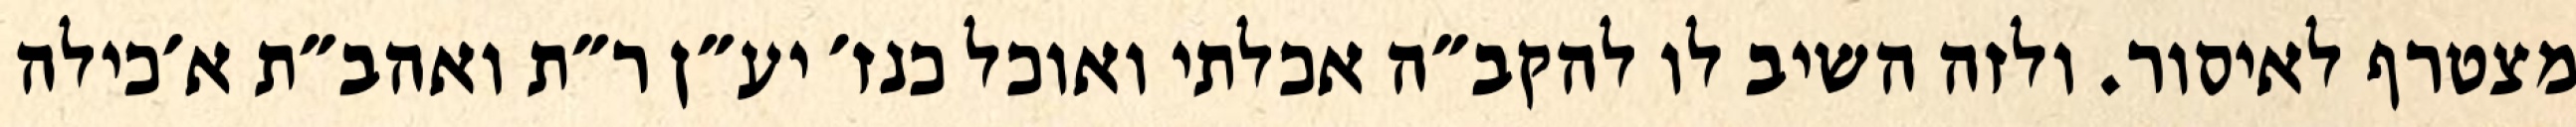
מצטרף לאיסור. ולזה השיב לו להקב״ה אכלתי ואוכל כנז׳ יע״ן ר״ת ואהב״ת א׳כילה